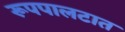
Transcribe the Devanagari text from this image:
रूपपालटात